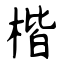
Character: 楷